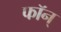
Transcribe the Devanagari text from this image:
फॉन्